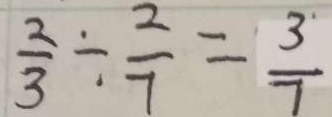
\frac { 2 } { 3 } \div \frac { 2 } { 7 } = \frac { 3 } { 7 }